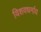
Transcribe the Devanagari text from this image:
विशवधर्माय